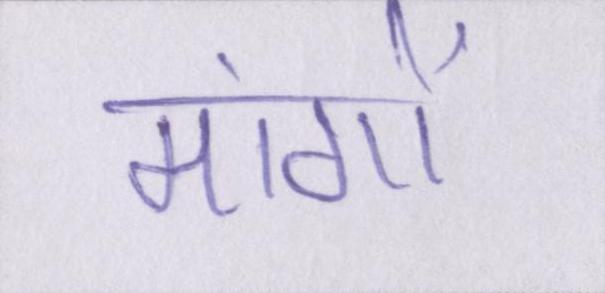
मांगों